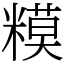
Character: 糢